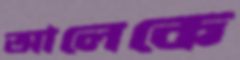
আলেকে